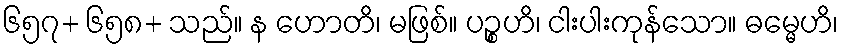
၆၅၇+ ၆၅၈+ သည်။ န ဟောတိ၊ မဖြစ်။ ပဉ္စဟိ၊ ငါးပါးကုန်သော။ ဓမ္မေဟိ၊